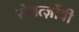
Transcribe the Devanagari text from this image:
सेवर्त्ज़ोवी